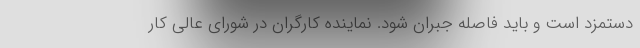
دستمزد است و باید فاصله جبران شود. نماینده کارگران در شورای عالی کار